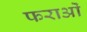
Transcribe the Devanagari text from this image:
फराओं